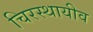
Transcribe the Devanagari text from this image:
चिरस्थायीव